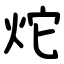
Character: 炨